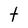
Character: t